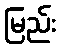
မြည်း